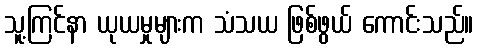
သူ့ကြင်နာ ယုယမှုများက သံသယ ဖြစ်ဖွယ် ကောင်းသည်။